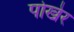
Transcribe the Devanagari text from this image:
पोखेर